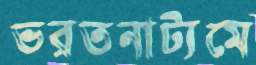
ভরতনাট্যমে